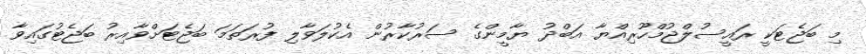
މި ބަޖެޓަކީ ރައީސުލްޖުމްހޫރިއްޔާ އަބްދު ޔާމީންގެ ސަރުކާރުން އެކުލަވާލި ފުރަތަމަ ބަޖެޓަށްވާއިރު ބަޖެޓުގައިވާ